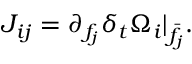
J _ { i j } = \partial _ { f _ { j } } \delta _ { t } \Omega _ { i } \rvert _ { \bar { f } _ { j } } .